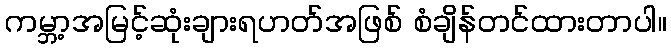
ကမ္ဘာ့အမြင့်ဆုံးချားရဟတ်အဖြစ် စံချိန်တင်ထားတာပါ။